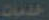
خدمات